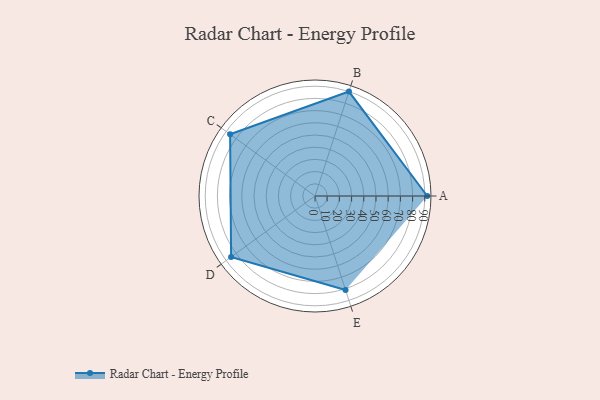
{"axis": {"x": "Skill", "y": "Score"}, "legend": ["Profile"], "data": [{"x": "A", "y": 92.0, "type": "Profile"}, {"x": "B", "y": 90.0, "type": "Profile"}, {"x": "C", "y": 86.0, "type": "Profile"}, {"x": "D", "y": 85.0, "type": "Profile"}, {"x": "E", "y": 81.0, "type": "Profile"}]}